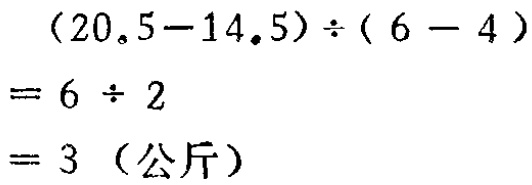
\((20.5 - 14.5)\div(6 - 4)=6\div2 = 3\)（公斤）